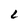
Character: L